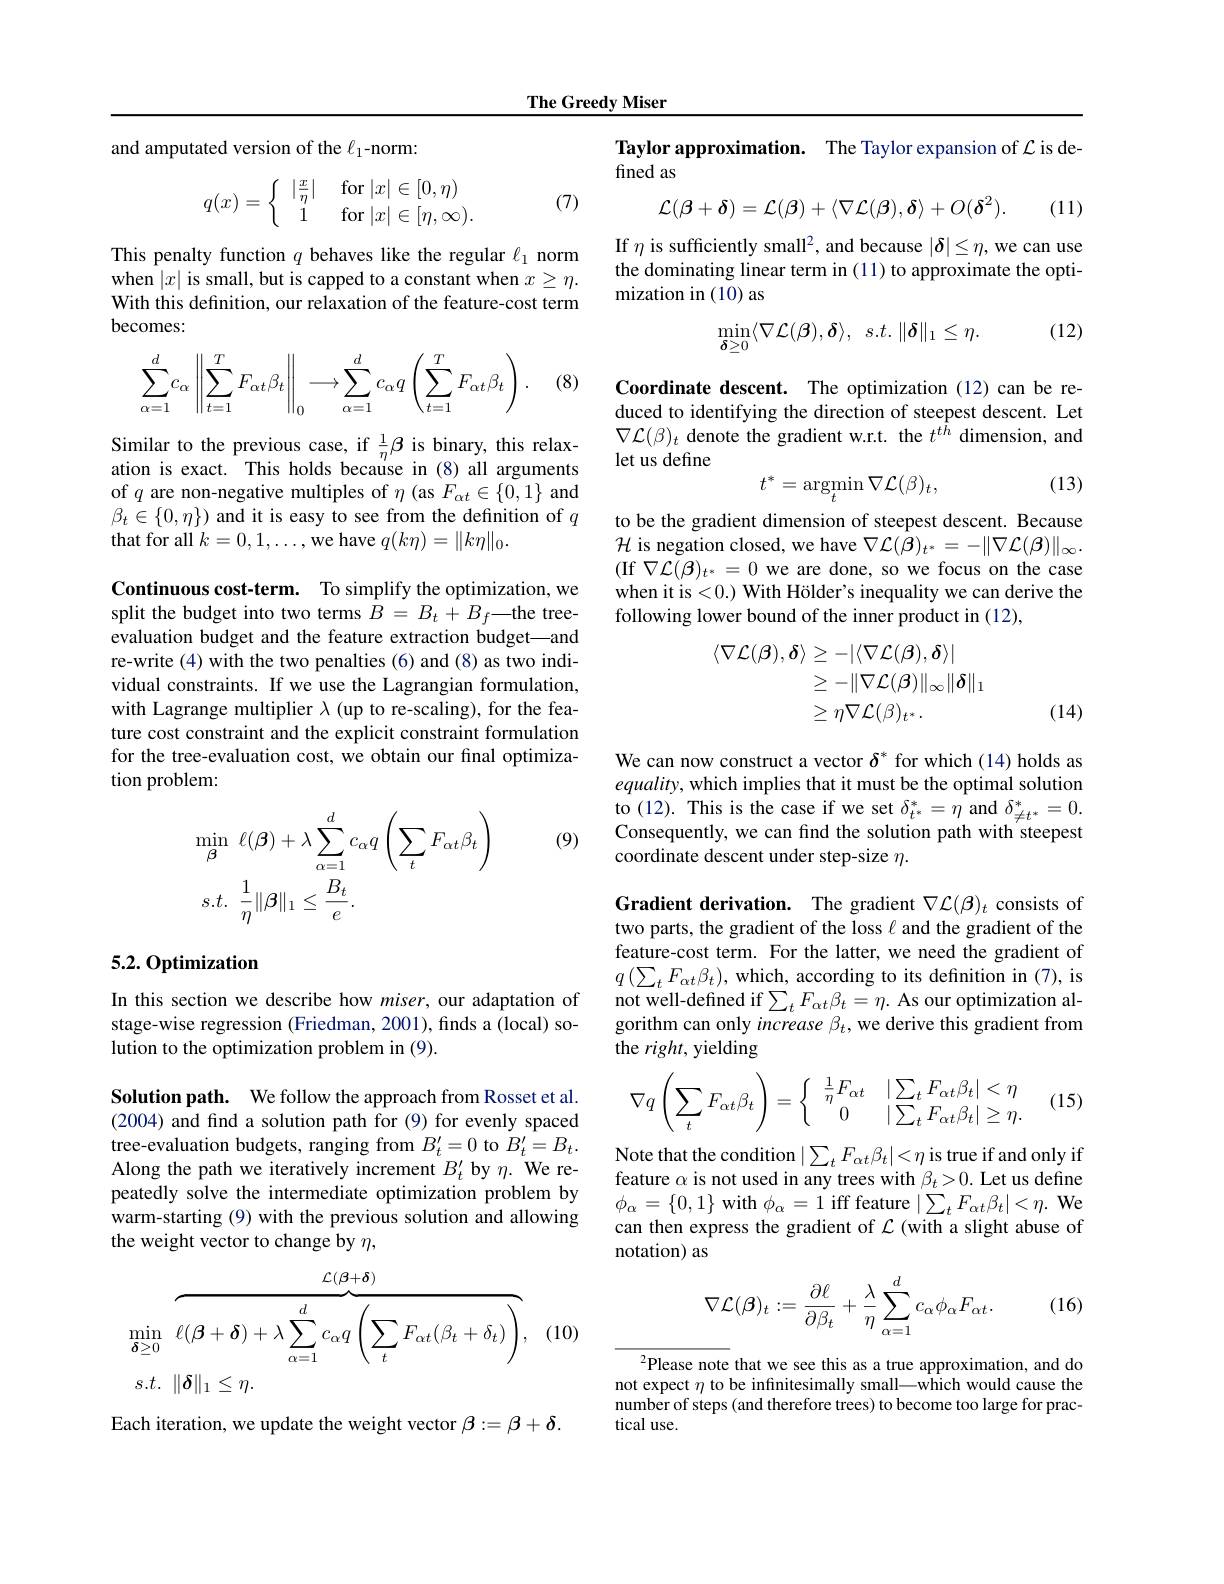
The Greedy Miser

and amputated version of the $\ell_{1}$-norm:
$$q(x)=\left\{\begin{array}{c}|\frac{x}{\eta}|&\text{for}|x|\in[0,\eta)\\1&\text{for}|x|\in[\eta,\infty).\end{array}\right.$$
(7)

This penalty function $q$ behaves like the regular $\ell_1$ norm when $|x|$ is small, but is capped to a constant when $x\geq\eta.$ With this definition, our relaxation of the feature-cost term becomes:

(8)
$$\sum\limits_{\alpha=1}^dc_\alpha\left\|\sum\limits_{t=1}^TF_{\alpha t}\beta_t\right\|_0\longrightarrow\sum\limits_{\alpha=1}^dc_\alpha q\left(\sum\limits_{t=1}^TF_{\alpha t}\beta_t\right).$$
$\begin{array}{l}\text{Similar to the previous case, if \frac1\eta\beta is binary, this relax-}\\\text{ation is exact. This holds because in (8) all arguments}\end{array}$ of $q$ are non-negative multiples of $\eta$ (as $F_\alpha t\in\{0,1\}$ and $\beta_{t}\in\{0,\eta\})$ and it is easy to see from the definition of $q$ that for all $k=0,1,\ldots$,we have $q(k\eta)=\|k\eta\|_0.$

Continuous cost-term. To simplify the optimization, we split the budget into two terms $B=B_{t}+B_{f}$—the treeevaluation budget and the feature extraction budget—and re-write (4) with the two penalties (6) and (8) as two individual constraints. If we use the Lagrangian formulation, with Lagrange multiplier $\lambda$ (up to re-scaling), for the feature cost constraint and the explicit constraint formulation for the tree-evaluation cost, we obtain our final optimization problem:

(9)
$$\begin{aligned}&\min_{\boldsymbol{\beta}}\:\ell(\boldsymbol{\beta})+\lambda\sum_{\alpha=1}^{d}c_{\alpha}q\left(\sum_{t}F_{\alpha t}\beta_{t}\right)\\&s.t.\:\frac{1}{\eta}\|\boldsymbol{\beta}\|_{1}\leq\frac{B_{t}}{e}.\end{aligned}$$
### 5.2. Optimization

In this section we describe how miser, our adaptation of stage-wise regression (Friedman, 2001), finds a (local) solution to the optimization problem in (9).

Solution path. We follow the approach from Rosset et al. (2004) and find a solution path for (9) for evenly spaced tree-evaluation budgets, ranging from $B_t^{\prime}=0$ to $B_t^{\prime}=B_t.$ Along the path we iteratively increment $B_t^{\prime}$ by $\eta.$ We repeatedly solve the intermediate optimization problem by warm-starting (9) with the previous solution and allowing the weight vector to change by $\eta$,
$$\begin{aligned}&\min_{\boldsymbol{\delta}\geq0}\overbrace{\ell(\boldsymbol{\beta}+\boldsymbol{\delta})+\lambda\sum_{\alpha=1}^{d}c_{\alpha}q\left(\sum_{t}F_{\alpha t}(\beta_{t}+\delta_{t})\right)}^{\mathcal{L}(\boldsymbol{\beta}+\boldsymbol{\delta})},\\&s.t.\:\|\boldsymbol{\delta}\|_{1}\leq\eta.\end{aligned}$$
Each iteration, we update the weight vector $\beta:=\beta+\delta.$

Taylor approximation. The Taylor expansion of $\mathcal{L}$ is de-
fined as
$$\mathcal{L}(\beta+\delta)=\mathcal{L}(\beta)+\langle\nabla\mathcal{L}(\beta),\delta\rangle+O(\delta^{2}).$$
(11)

If $\eta$ is sufficiently small$^2$, and because $|\delta|\leq\eta$,we can use the dominating linear term in (11) to approximate the optimization in (10) as

(12)
$$\min_{\boldsymbol{\delta}\geq0}\langle\nabla\mathcal{L}(\boldsymbol{\beta}),\boldsymbol{\delta}\rangle,\:s.t.\:\|\boldsymbol{\delta}\|_{1}\leq\eta.$$
Coordinate descent. The optimization (12)can be reduced to identifying the direction of steepest descent. Let $\nabla\mathcal{L}(\beta)_{t}$ denote the gradient w.r.t. the $t^t\hat{h}$ dimension, and let us define
$$t^*=\operatorname{argmin}\nabla\mathcal{L}(\beta)_t,$$
(13)

to be the gradient dimension of steepest descent. Because $\mathcal{H}$ is negation closed, we have $\nabla\mathcal{L}(\beta)_t^*=-\|\nabla\mathcal{L}(\beta)\|_\infty.$ (If $\nabla\mathcal{L}(\beta)_{t^*}=0$ we are done, so we focus on the case when it is <0.) With Hölder's inequality we can derive the following lower bound of the inner product in (12),
$$\begin{aligned}\langle\nabla\mathcal{L}(\boldsymbol{\beta}),\boldsymbol{\delta}\rangle&\geq-|\langle\nabla\mathcal{L}(\boldsymbol{\beta}),\boldsymbol{\delta}\rangle|\\&\geq-\|\nabla\mathcal{L}(\boldsymbol{\beta})\|_{\infty}\|\boldsymbol{\delta}\|_{1}\\&\geq\eta\nabla\mathcal{L}(\beta)_{t^{*}}.\end{aligned}$$
(14)

We can now construct a vector $\delta^*$ for which (14) holds as equality, which implies that it must be the optimal solution to (12). This is the case if we set $\delta_{t^*}^*=\eta$ and $\delta_{\neq t^*}^*=0.$ Consequently, we can find the solution path with steepest coordinate descent under step-size $\eta.$

Gradient derivation. The gradient $\nabla\mathcal{L}(\beta)_t$ consists of two parts, the gradient of the loss $\ell$ and the gradient of the feature-cost term. For the latter, we need the gradient of $q\left(\sum_{t}F_{\alpha t}\beta_{t}\right)$,which, according to its definition in (7), is not well-defined if$\sum_tF_{\alpha t}\beta_t=\eta.$ As our optimization algorithm can only increase $\beta_t$,we derive this gradient from the right, yielding

(15)
$$\nabla q\left(\sum_tF_{\alpha t}\beta_t\right)=\left\{\begin{array}{cc}\frac{1}{\eta}F_{\alpha t}&|\sum_tF_{\alpha t}\beta_t|<\eta\\0&|\sum_tF_{\alpha t}\beta_t|\geq\eta.\end{array}\right.$$
Note that the condition $|\sum_tF_{\alpha t}\beta_t|<\eta$ is true if and only if feature $\alpha$ is not used in any trees with $\beta_t>0.$ Let us define $\phi_{\alpha}=\{0,1\}$ with $\phi_\alpha=1$ iff feature $|\sum_tF_{\alpha t}\beta_t|<\eta.$ We can then express the gradient of $\mathcal{L}$ (with a slight abuse of notation) as

(16)
$$\nabla\mathcal{L}(\beta)_t:=\frac{\partial\ell}{\partial\beta_t}+\frac{\lambda}{\eta}\sum_{\alpha=1}^dc_\alpha\phi_\alpha F_{\alpha t}.$$
$^{2}$Please note that we see this as a true approximation, and do not expect $\eta$ to be infinitesimally small-which would cause the number of steps (and therefore trees) to become too large for practical use.